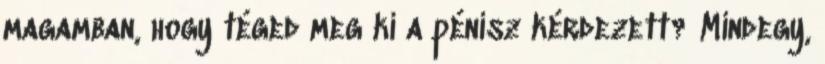
magamban, hogy téged meg ki a pénisz kérdezett? Mindegy,